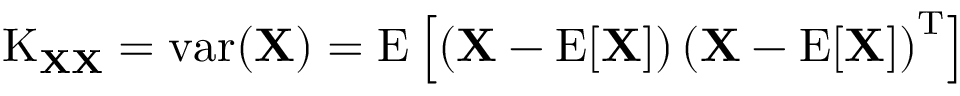
\operatorname { K } _ { \mathbf { X } \mathbf { X } } = \operatorname { v a r } ( \mathbf { X } ) = \operatorname { E } \left[ \left( \mathbf { X } - \operatorname { E } [ \mathbf { X } ] \right) \left( \mathbf { X } - \operatorname { E } [ \mathbf { X } ] \right) ^ { \mathrm { { T } } } \right]